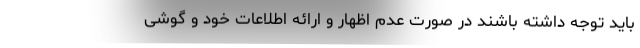
باید توجه داشته باشند در صورت عدم اظهار و ارائه اطلاعات خود و گوشی